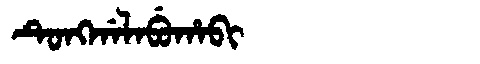
Manchu: ᡨᡠᠩᡤᠠᠯᠠᠪᡠᡥᠠᠪᡳ
Romanization: TUNGGALABUHABI